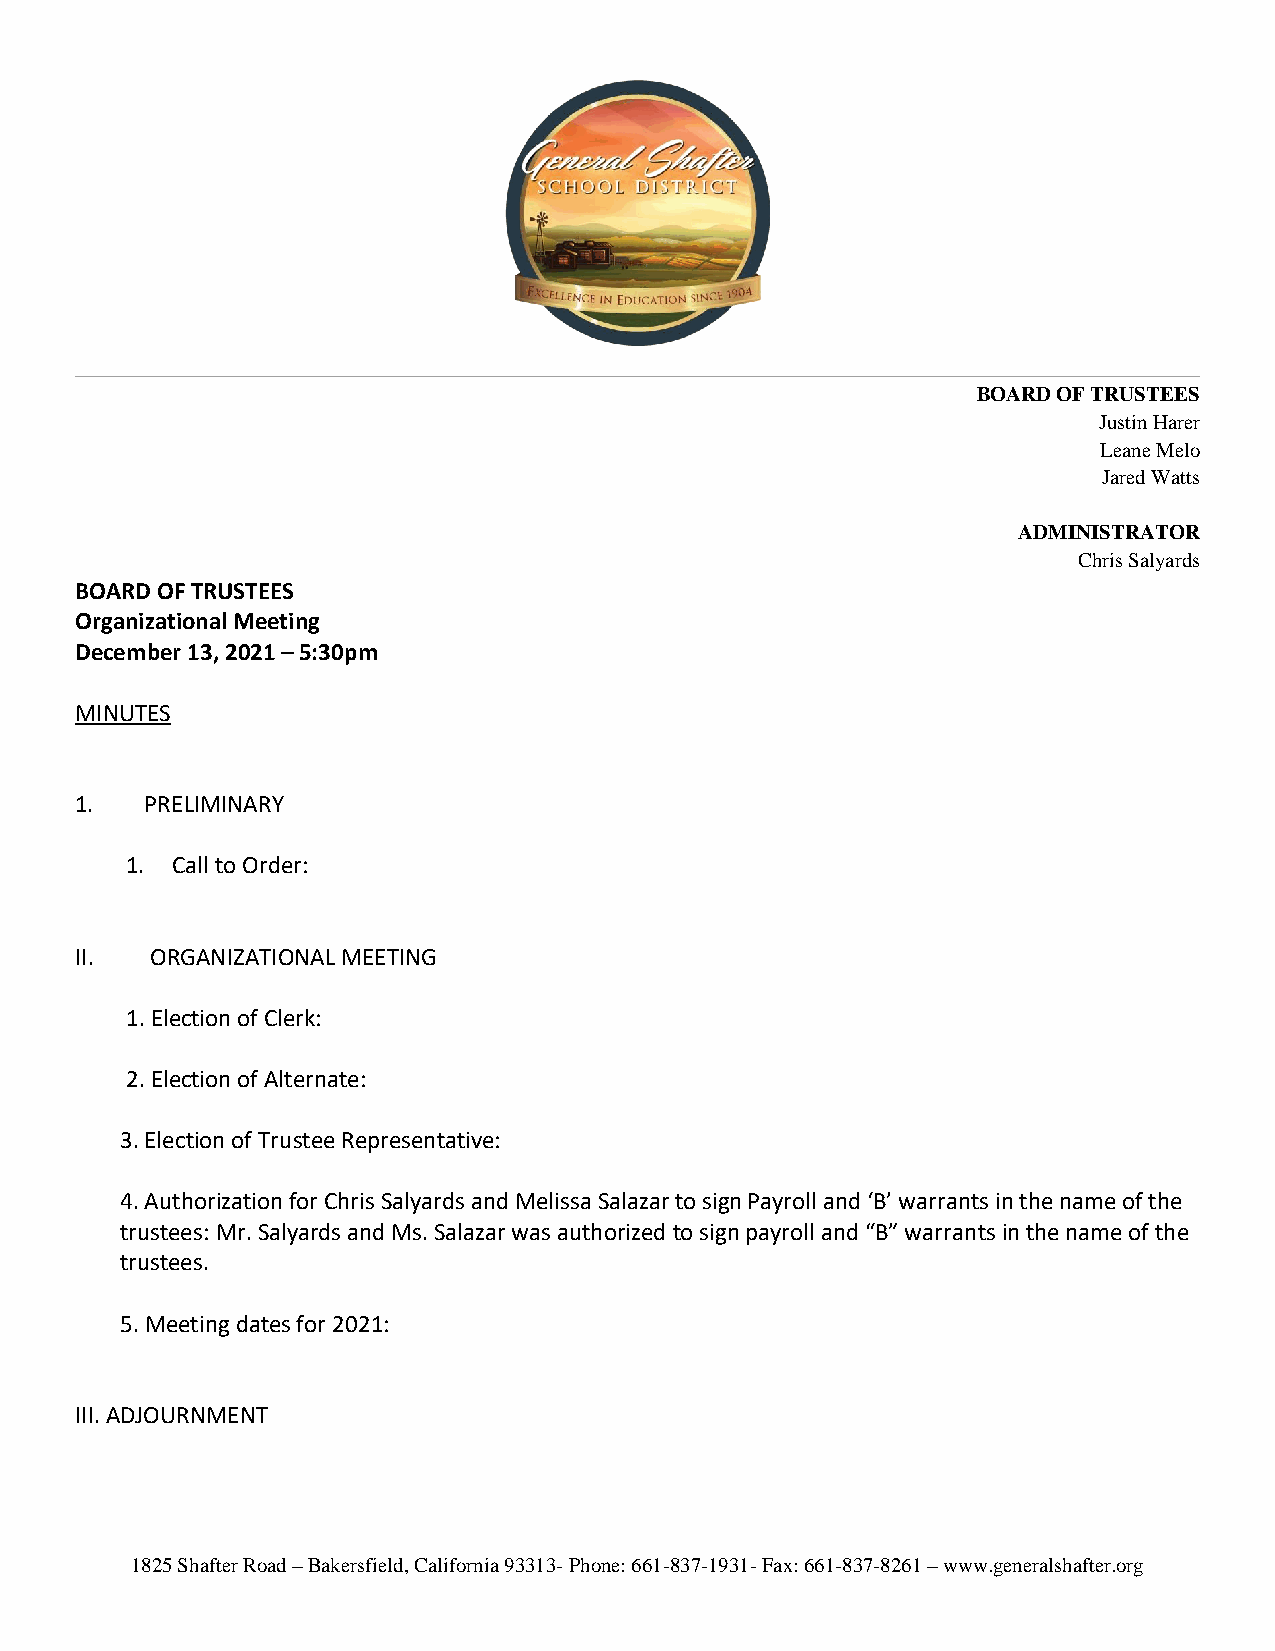
BOARD OF TRUSTEES
 Justin Harer
 Leane Melo
 Jared Watts
 ADMINISTRATOR
 Chris Salyards
 BOARD OF TRUSTEES
 Organizational Meeting
 December 13, 2021 – 5:30pm
 MINUTES
 1.   PRELIMINARY
 1. Call to Order:
 II.  ORGANIZATIONAL MEETING
 1. Election of Clerk:
 2. Election of Alternate:
 3. Election of Trustee Representative:
 4. Authorization for Chris Salyards and Melissa Salazar to sign Payroll and ‘B’ warrants in the name of the
 trustees: Mr. Salyards and Ms. Salazar was authorized to sign payroll and “B” warrants in the name of the
 trustees.
 5. Meeting dates for 2021:
 III. ADJOURNMENT
 1825 Shafter Road – Bakersfield, California 93313- Phone: 661-837-1931- Fax: 661-837-8261 – www.generalshafter.org